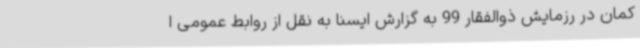
کمان در رزمایش ذوالفقار 99 به گزارش ایسنا به نقل از روابط عمومی ا